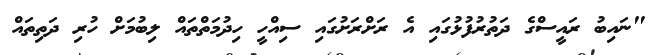
"ނައިބު ރައީސްގެ ދަތުރުފުޅުގައި އެ ރަށްރަށުގައި ސިއްހީ ހިދުމަތްތައް ލިބުމަށް ހުރި ދަތިތައް